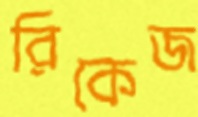
রিকেজ